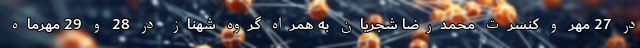
در 27 مهر و کنسرت محمدرضا شجریان به همراه گروه شهناز در 28 و 29 مهرماه